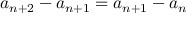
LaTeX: a _ { n + 2 } - a _ { n + 1 } = a _ { n + 1 } - a _ { n }